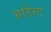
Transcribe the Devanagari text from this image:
ग्रांडेस्ट